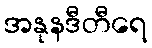
အနုနဒီတီရေ